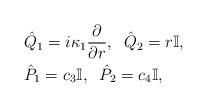
LaTeX: \begin{align*} &\hat{Q}_{1}=i\kappa_{1}\frac{\partial}{\partial r},\;\; \hat{Q}_{2}=r\mathbb{I},\\ &\hat{P}_{1}=c_{3}\mathbb{I},\;\; \hat{P}_{2}=c_{4}\mathbb{I}, \end{align*}